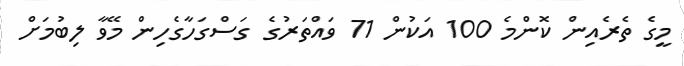
މީގެ ތެރެއިން ކޮންމެ 100 އަކުން 71 ވައްތަރުގެ ގަސްގަހާގެހިން މޭވާ ލިބުމަށް